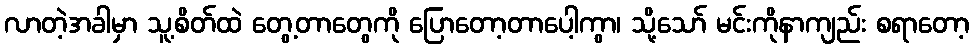
လာတဲ့အခါမှာ သူ့စိတ်ထဲ တွေ့တာတွေကို ပြောတော့တာပေါ့ကွာ၊ သို့သော် မင်းကိုနာကျည်း စရာတော့